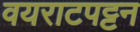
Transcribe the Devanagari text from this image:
वयराटपट्टन